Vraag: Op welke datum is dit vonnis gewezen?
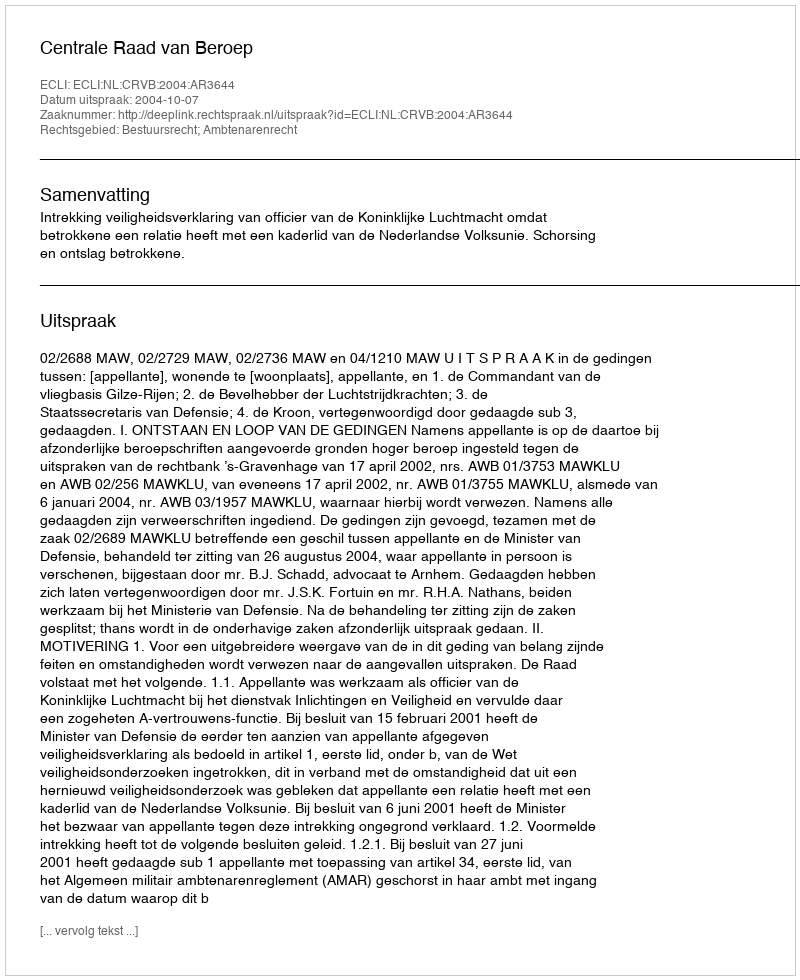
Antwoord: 2004-10-07